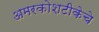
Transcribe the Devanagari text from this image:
अमरकोशटीकेचे